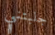
جلبتني